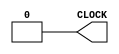
module Clock(CLOCK);
    output reg CLOCK;
initial begin
  #1	CLOCK = 1;
  #1	CLOCK = 0;
  #1	CLOCK = 1;
  #1	CLOCK = 0;
  #1	CLOCK = 1;
  #1	CLOCK = 0;
  #1	CLOCK = 1;
  #1	CLOCK = 0;
  #1	CLOCK = 1;
  #1	CLOCK = 0;
  #1	CLOCK = 1;
  #1	CLOCK = 0;
  #1	CLOCK = 1;
  #1	CLOCK = 0;
  #1	CLOCK = 1;
  #1	CLOCK = 0;
  #1	CLOCK = 1;
  #1	CLOCK = 0;
  #1	CLOCK = 1;
  #1	CLOCK = 0;
  #1	CLOCK = 1;
  #1	CLOCK = 0;
  #1	CLOCK = 1;
  #1	CLOCK = 0;
  #1	CLOCK = 1;
  #1	CLOCK = 0;
  #1	CLOCK = 1;
  #1	CLOCK = 0;
  #1	CLOCK = 1;
  #1	CLOCK = 0;
  #1	CLOCK = 1;
  #1	CLOCK = 0;
  #1	CLOCK = 1;
  #1	CLOCK = 0;
  #1	CLOCK = 1;
  #1	CLOCK = 0;
  #1	CLOCK = 1;
  #1	CLOCK = 0;
  #1	CLOCK = 1;
  #1	CLOCK = 0;
  #1	CLOCK = 1;
  #1	CLOCK = 0;
  #1	CLOCK = 1;
  #1	CLOCK = 0;
  #1	CLOCK = 1;
  #1	CLOCK = 0;
  #1	CLOCK = 1;
  #1	CLOCK = 0;
  #1	CLOCK = 1;
  #1	CLOCK = 0;
  #1	CLOCK = 1;
  #1	CLOCK = 0;
  #1	CLOCK = 1;
  #1	CLOCK = 0;
  #1	CLOCK = 1;
  #1	CLOCK = 0;
  #1	CLOCK = 1;
  #1	CLOCK = 0;
  #1	CLOCK = 1;
  #1	CLOCK = 0;

end


endmodule